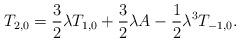
LaTeX: \begin{align*}T_{2,0}=\frac{3}{2}\lambda T_{1,0}+\frac{3}{2}\lambda A-\frac{1}{2}\lambda ^3T_{-1,0}.\end{align*}